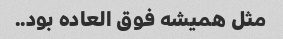
مثل همیشه فوق العاده بود..